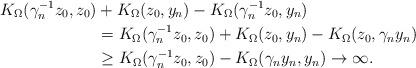
LaTeX: \begin{align*}K_\Omega(\gamma_n^{-1}z_0, z_0) &+ K_\Omega(z_0, y_n) - K_\Omega(\gamma_n^{-1} z_0, y_n) \\& = K_\Omega(\gamma_n^{-1}z_0, z_0) + K_\Omega(z_0, y_n) - K_\Omega(z_0, \gamma_n y_n) \\& \geq K_\Omega(\gamma_n^{-1}z_0, z_0) - K_\Omega(\gamma_n y_n, y_n) \rightarrow \infty.\end{align*}